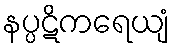
နပ္ပဋိကရေယျံ